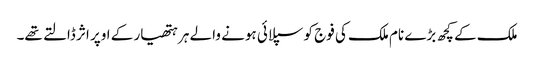
ملک کے کچھ بڑے نام ملک کی فوج کو سپلائی ہونے والے ہر ہتھیار کے اوپر اثر ڈالتے تھے۔